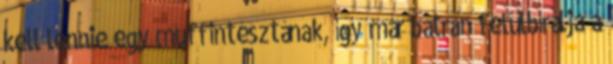
kell lennie egy muffintésztának, így már bátran felülbírálja a